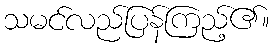
သမင်လည်ပြန်ကြည့်၏။